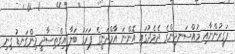
ފަގީރުންނާއި މުއްސަނދިންގެ ދެމެދުގައި އޮންނަ އާމްދަނީގެ ފަރަގު ބަލާ އިގްތިސާދީ މިންގަނޑު ގިނި